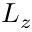
L _ { z }